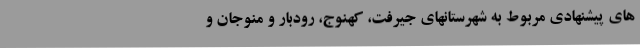
های پیشنهادی مربوط به شهرستانهای جیرفت، کهنوج، رودبار و منوجان و